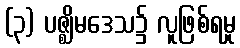
(၃) ပဇ္ဈိမဒေသ၌ လူဖြစ်ရမှု